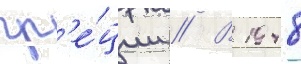
гр'е́ции // В 1948